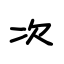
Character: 次